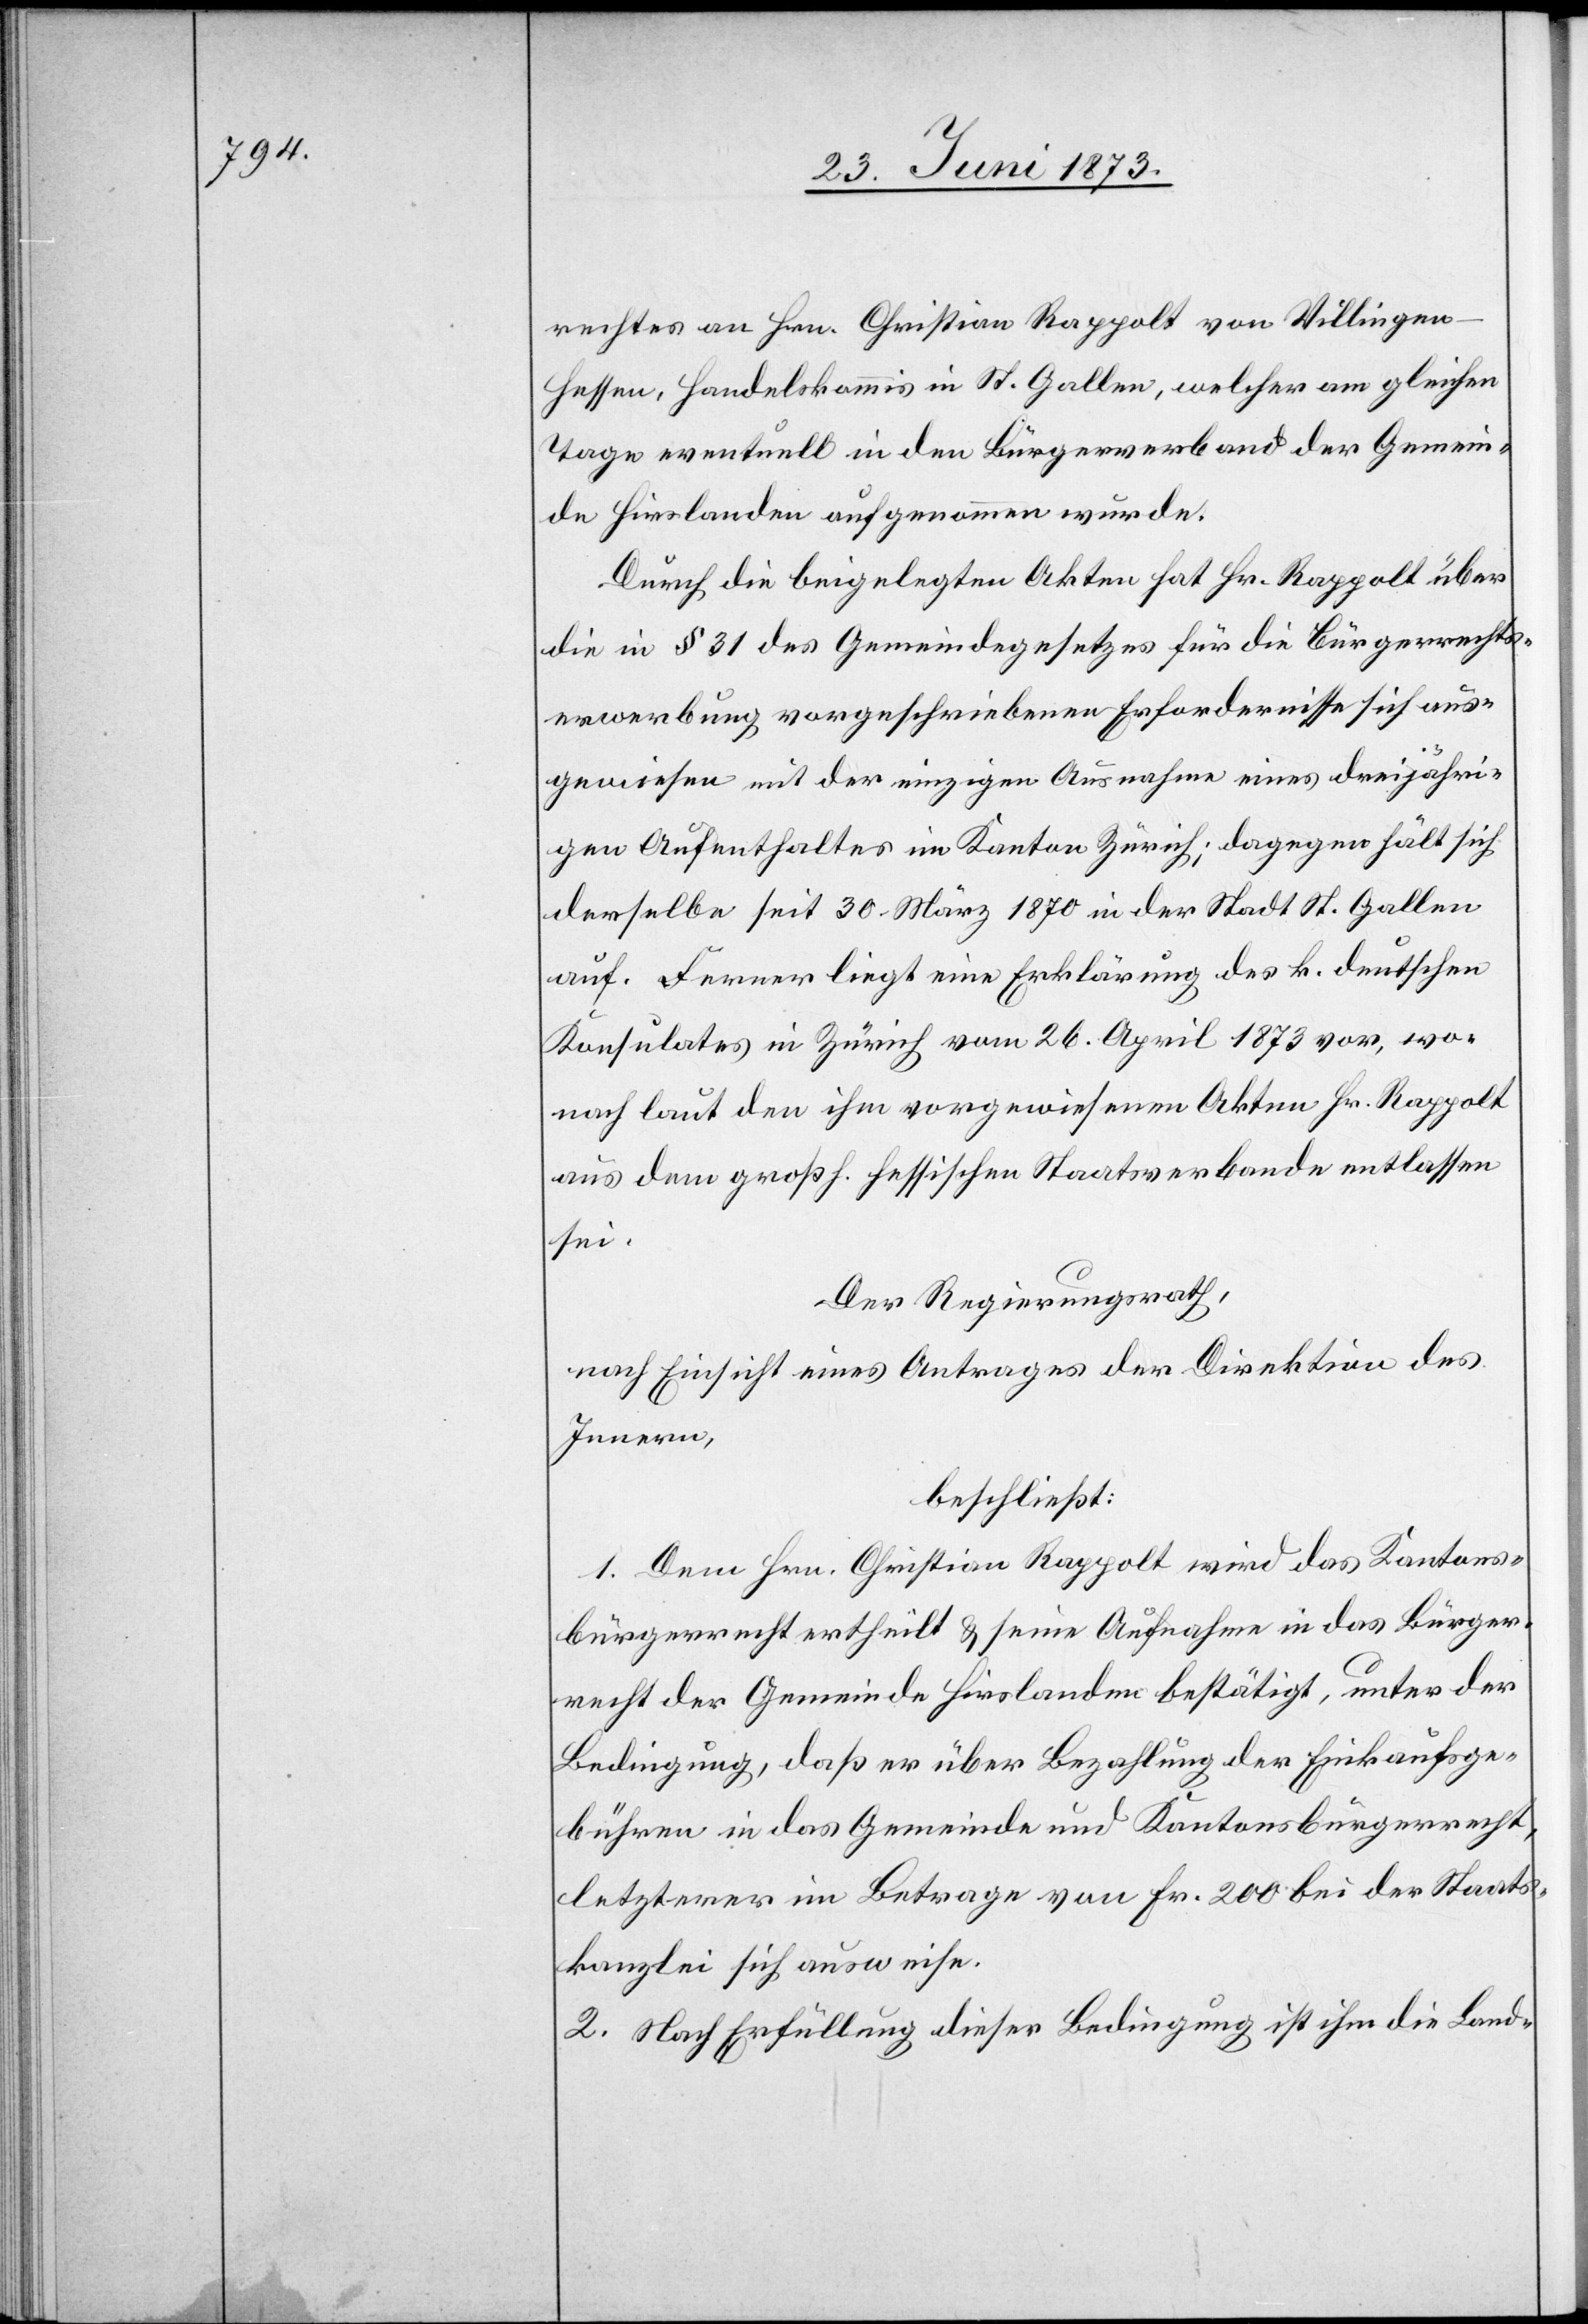
rechtes an Hrn. Christian Rappolt von Villinge¬
n-Hessen, Handelskommis in St. Gallen, welcher am gleichen
Tage eventuell in den Bürgerverband der Gemein¬
de Hirslanden aufgenommen wurde.
Durch die beigelegten Akten hat Hr. Rappolt über
die in § 31 des Gemeindegesetzes für die Bürgerrechts¬
erwerbung vorgeschriebenen Erfordernisse sich aus¬
gewiesen mit der einzigen Ausnahme eines dreijähri¬
gen Aufenthaltes im Kanton Zürich; dagegen hält sich
derselbe seit 30. März 1870 in der Stadt St. Gallen
auf. Ferner liegt eine Erklärung des k. deutschen
Konsulates in Zürich vom 26. April 1873 vor, wo¬
nach laut den ihm vorgewiesenen Akten Hr. Rappolt
aus dem großh. hessischen Staatsverbande entlassen
sei.
Der Regierungsrath,
nach Einsicht eines Antrages der Direktion des
Innern,
beschließt:
1. Dem Hrn. Christian Rappolt wird das Kantons¬
bürgerrecht ertheilt & seine Aufnahme in das Bürger¬
recht der Gemeinde Hirslanden bestätigt, unter der
Bedingung, daß er über Bezahlung der Einkaufsge¬
bühren in das Gemeinde und Kantonsbürgerrecht,
letzterer im Betrage von Fr. 200 bei der Staats¬
kanzlei sich ausweise.
2. Nach Erfüllung dieser Bedingung ist ihm die Land-